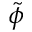
\tilde { \phi }